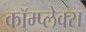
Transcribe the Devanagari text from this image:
कॉम्‍प्‍लेक्‍स